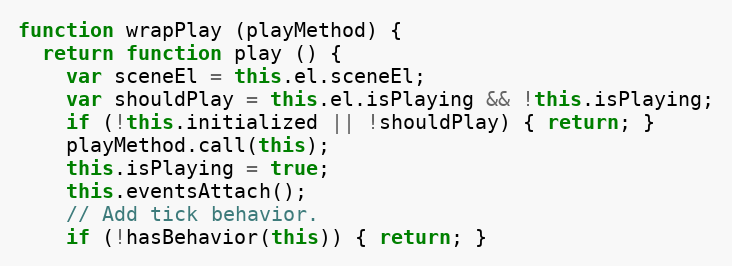
Language: JavaScript
function wrapPlay (playMethod) {
  return function play () {
    var sceneEl = this.el.sceneEl;
    var shouldPlay = this.el.isPlaying && !this.isPlaying;
    if (!this.initialized || !shouldPlay) { return; }
    playMethod.call(this);
    this.isPlaying = true;
    this.eventsAttach();
    // Add tick behavior.
    if (!hasBehavior(this)) { return; }